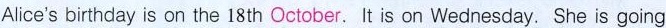
Alice's birthday is on the 18 th October.It is on Wednesday. She is going